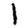
Digit: 1